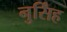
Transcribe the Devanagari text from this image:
नुर्सिंह